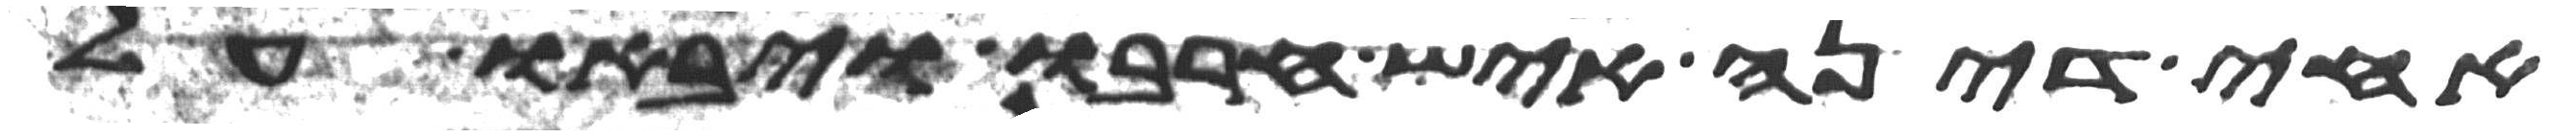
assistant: אחי דינה איש חרבו ויבאו על